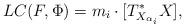
LaTeX: \begin{align*}LC(F,\Phi)=m_i \cdot [T_{X_{\alpha_i}}^*X],\end{align*}